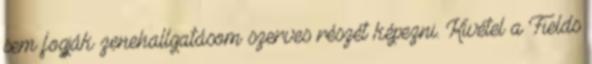
sem fogják zenehallgatásom szerves részét képezni. Kivétel a Fields